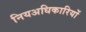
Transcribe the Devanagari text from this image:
नियअधिकारियों